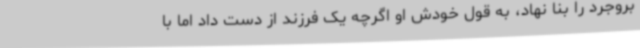
بروجرد را بنا نهاد، به قول خودش او اگرچه یک فرزند از دست داد اما با